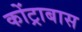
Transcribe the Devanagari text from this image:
कोंट्राबास